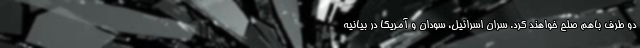
دو طرف باهم صلح خواهند کرد. سران اسرائیل، سودان و آمریکا در بیانیه